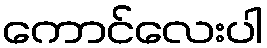
ကောင်လေးပါ